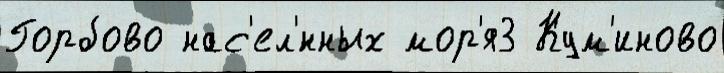
Горбово нас'ел'́нных мор'я3 Кум'иново